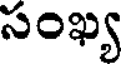
సంఖ్య